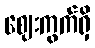
ဈေးကွက်ရှိ